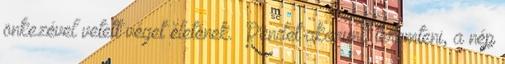
önkezével vetett véget életének. „Rendet akarunk teremteni, a nép